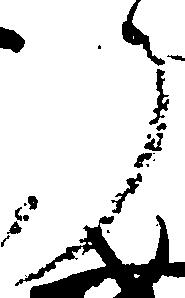
了